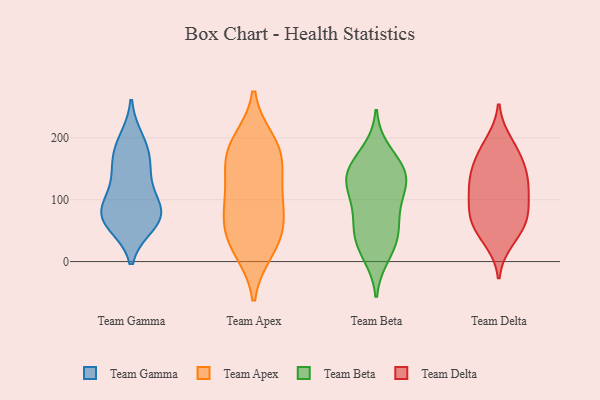
{"axis": {"x": "Production Output", "y": "Value"}, "legend": ["Team Apex", "Team Beta", "Team Delta", "Team Gamma"], "data": [{"x": "", "y": 70, "type": "Team Gamma"}, {"x": "", "y": 83, "type": "Team Gamma"}, {"x": "", "y": 61, "type": "Team Gamma"}, {"x": "", "y": 124, "type": "Team Gamma"}, {"x": "", "y": 164, "type": "Team Gamma"}, {"x": "", "y": 181, "type": "Team Gamma"}, {"x": "", "y": 70, "type": "Team Gamma"}, {"x": "", "y": 144, "type": "Team Gamma"}, {"x": "", "y": 86, "type": "Team Gamma"}, {"x": "", "y": 76, "type": "Team Gamma"}, {"x": "", "y": 196, "type": "Team Gamma"}, {"x": "", "y": 43, "type": "Team Apex"}, {"x": "", "y": 164, "type": "Team Apex"}, {"x": "", "y": 192, "type": "Team Apex"}, {"x": "", "y": 70, "type": "Team Apex"}, {"x": "", "y": 113, "type": "Team Apex"}, {"x": "", "y": 174, "type": "Team Apex"}, {"x": "", "y": 115, "type": "Team Apex"}, {"x": "", "y": 31, "type": "Team Apex"}, {"x": "", "y": 179, "type": "Team Apex"}, {"x": "", "y": 79, "type": "Team Apex"}, {"x": "", "y": 20, "type": "Team Apex"}, {"x": "", "y": 62, "type": "Team Beta"}, {"x": "", "y": 93, "type": "Team Beta"}, {"x": "", "y": 177, "type": "Team Beta"}, {"x": "", "y": 11, "type": "Team Beta"}, {"x": "", "y": 145, "type": "Team Beta"}, {"x": "", "y": 123, "type": "Team Beta"}, {"x": "", "y": 58, "type": "Team Beta"}, {"x": "", "y": 29, "type": "Team Beta"}, {"x": "", "y": 111, "type": "Team Beta"}, {"x": "", "y": 36, "type": "Team Beta"}, {"x": "", "y": 144, "type": "Team Beta"}, {"x": "", "y": 147, "type": "Team Beta"}, {"x": "", "y": 138, "type": "Team Beta"}, {"x": "", "y": 34, "type": "Team Delta"}, {"x": "", "y": 167, "type": "Team Delta"}, {"x": "", "y": 193, "type": "Team Delta"}, {"x": "", "y": 77, "type": "Team Delta"}, {"x": "", "y": 180, "type": "Team Delta"}, {"x": "", "y": 89, "type": "Team Delta"}, {"x": "", "y": 63, "type": "Team Delta"}, {"x": "", "y": 131, "type": "Team Delta"}, {"x": "", "y": 63, "type": "Team Delta"}, {"x": "", "y": 91, "type": "Team Delta"}, {"x": "", "y": 136, "type": "Team Delta"}, {"x": "", "y": 153, "type": "Team Delta"}, {"x": "", "y": 47, "type": "Team Delta"}, {"x": "", "y": 124, "type": "Team Delta"}, {"x": "", "y": 118, "type": "Team Delta"}]}